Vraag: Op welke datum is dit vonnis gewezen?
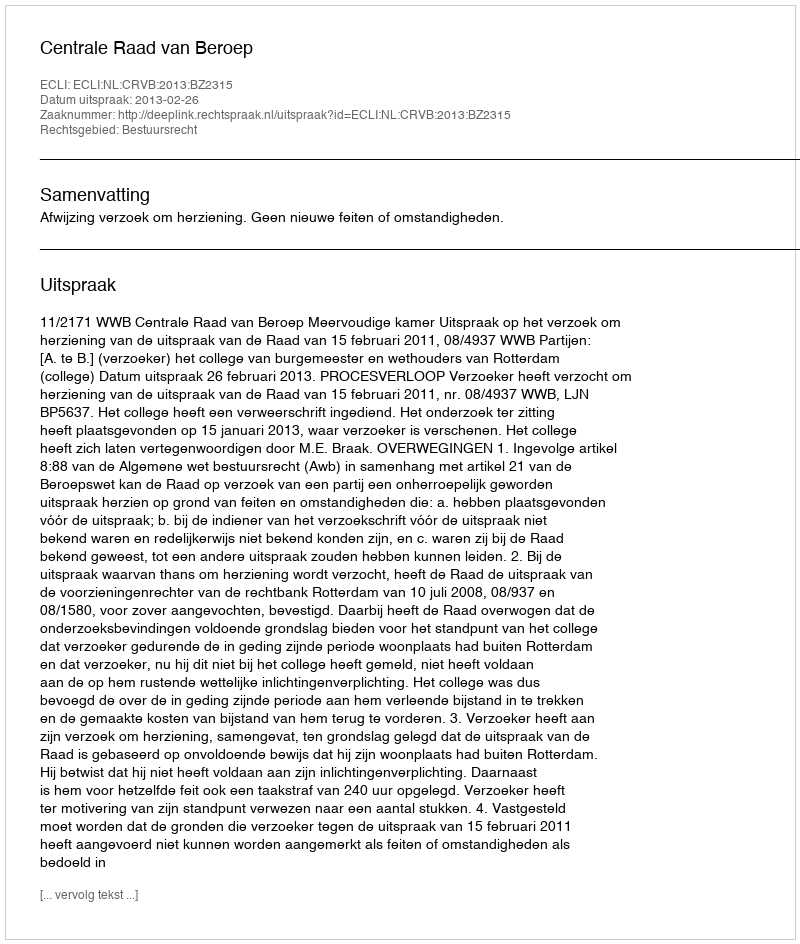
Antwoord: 2013-02-26